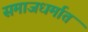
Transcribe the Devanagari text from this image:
समाजधर्मात